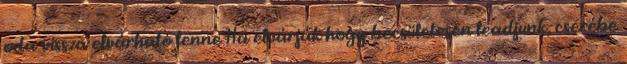
oda-vissza elvárható lenne Ha elvárják hogy becsületesen leadjunk, cserébe